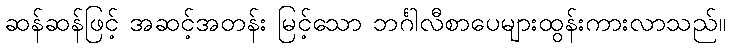
ဆန်ဆန်ဖြင့် အဆင့်အတန်း မြင့်သော ဘင်္ဂါလီစာပေများထွန်းကားလာသည်။